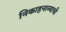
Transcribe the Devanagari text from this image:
निकाहनाम्याची